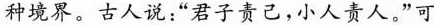
种境界。古人说：”君子责己，小人责人。”可